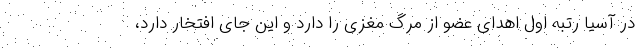
در آسیا رتبه اول اهدای عضو از مرگ مغزی را دارد و این جای افتخار دارد،